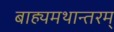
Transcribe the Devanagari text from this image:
बाह्यमथान्तरम्